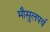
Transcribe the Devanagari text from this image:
मौसुलपर्व